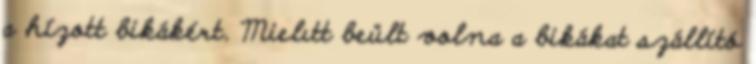
a hízott bikákért. Mielıtt beült volna a bikákat szállító